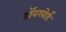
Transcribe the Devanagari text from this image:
हॉवरबोर्ड